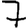
Digit: 7